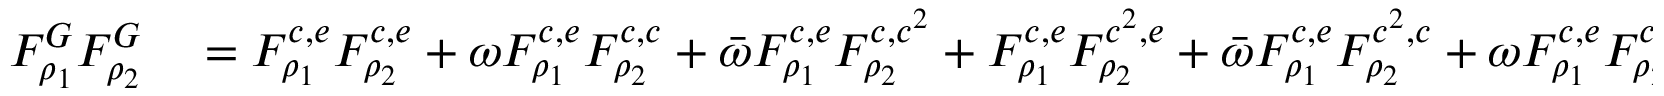
\begin{array} { r l } { F _ { \rho _ { 1 } } ^ { G } F _ { \rho _ { 2 } } ^ { G } } & { { } = F _ { \rho _ { 1 } } ^ { c , e } F _ { \rho _ { 2 } } ^ { c , e } + \omega F _ { \rho _ { 1 } } ^ { c , e } F _ { \rho _ { 2 } } ^ { c , c } + \bar { \omega } F _ { \rho _ { 1 } } ^ { c , e } F _ { \rho _ { 2 } } ^ { c , c ^ { 2 } } + F _ { \rho _ { 1 } } ^ { c , e } F _ { \rho _ { 2 } } ^ { c ^ { 2 } , e } + \bar { \omega } F _ { \rho _ { 1 } } ^ { c , e } F _ { \rho _ { 2 } } ^ { c ^ { 2 } , c } + \omega F _ { \rho _ { 1 } } ^ { c , e } F _ { \rho _ { 2 } } ^ { c ^ { 2 } , c ^ { 2 } } } \end{array}